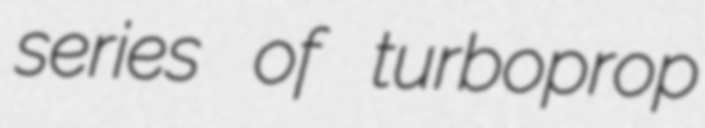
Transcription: series of turboprop